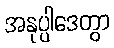
အနုပ္ပါဒေတွာ